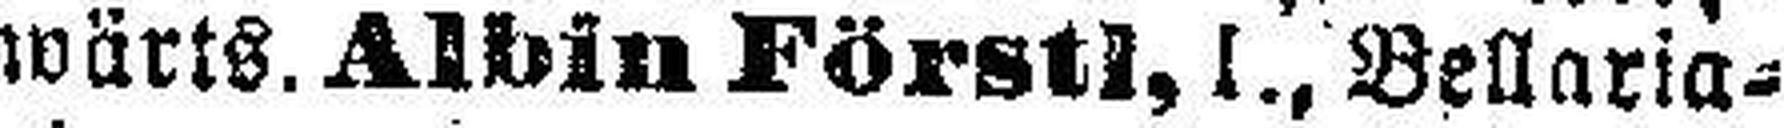
wärts. Albin Förstl, I., Bellaria¬